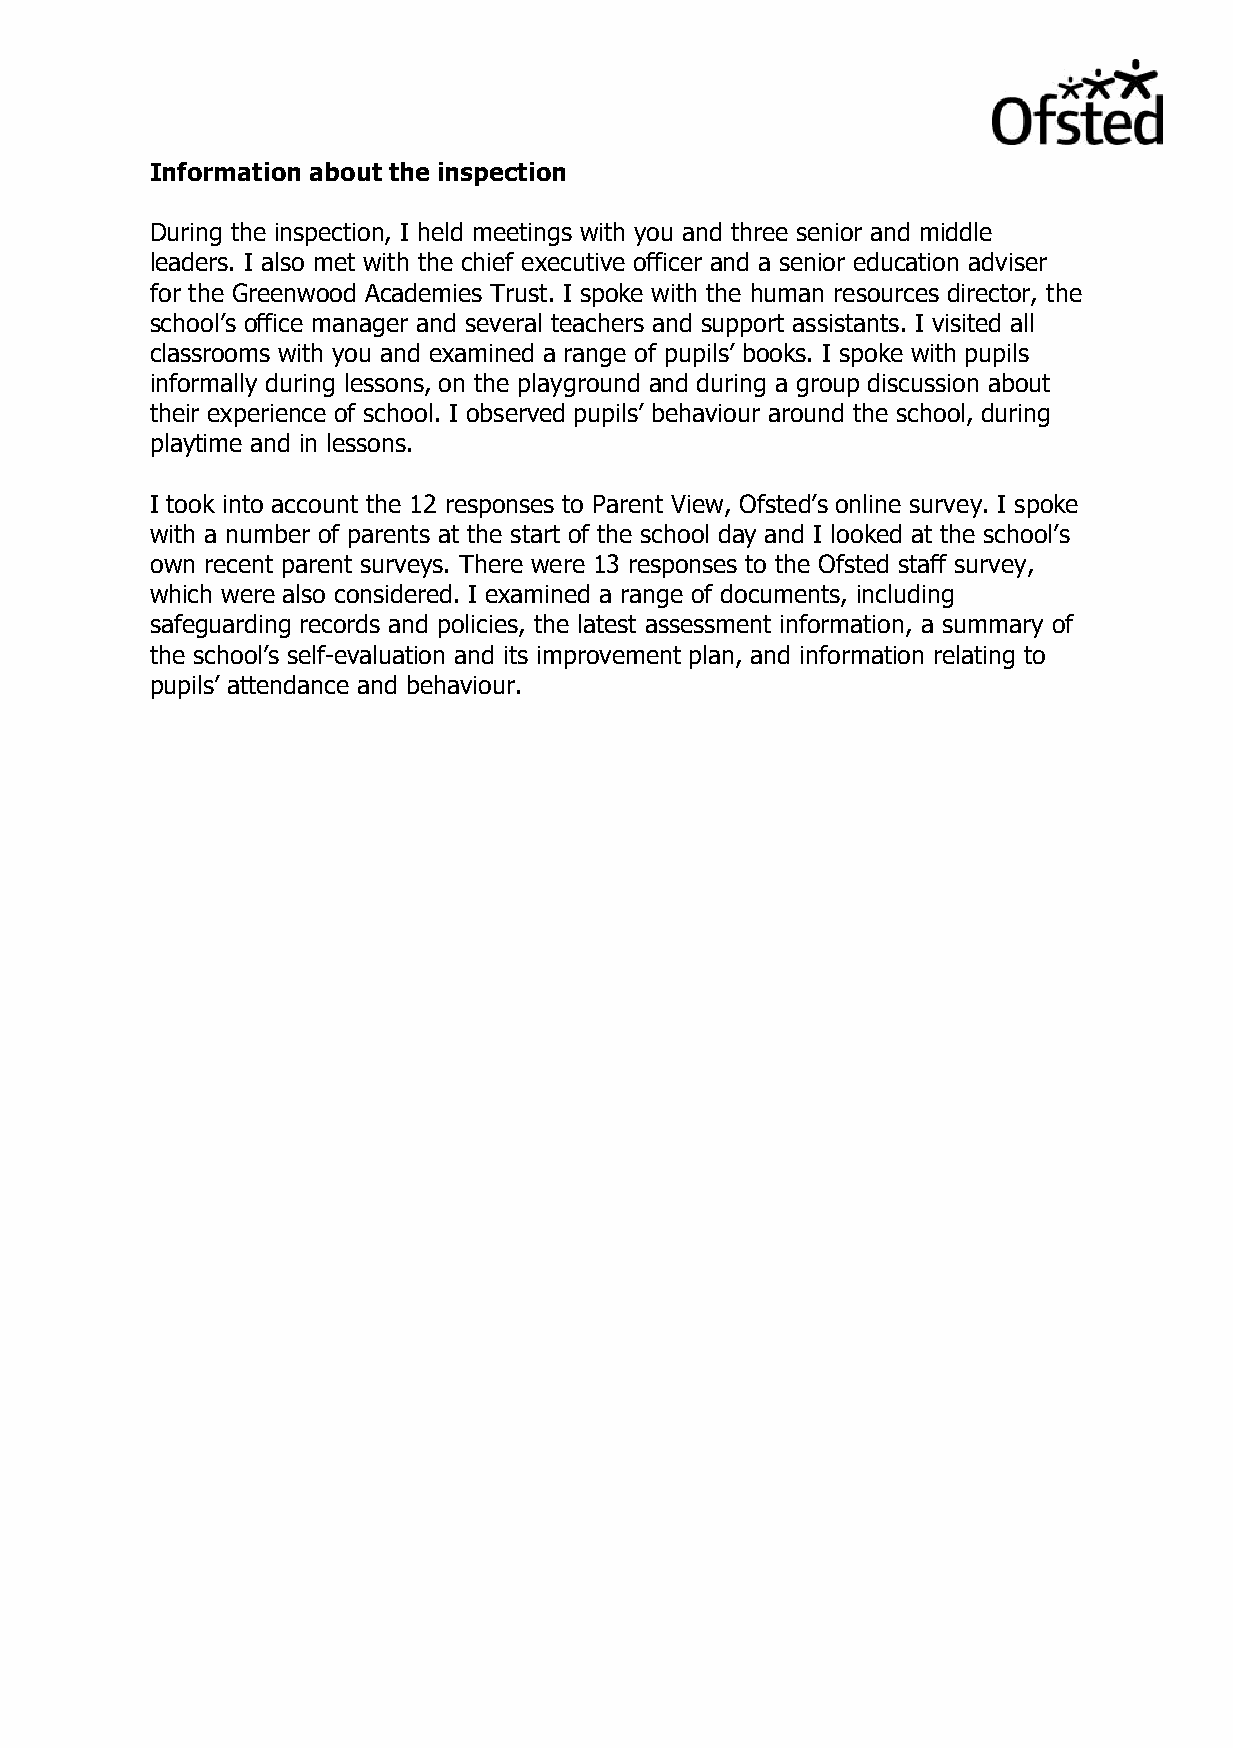
Information about the inspection
 During the inspection, I held meetings with you and three senior and middle
 leaders. I also met with the chief executive officer and a senior education adviser
 for the Greenwood Academies Trust. I spoke with the human resources director, the
 school’s office manager and several teachers and support assistants. I visited all
 classrooms with you and examined a range of pupils’ books. I spoke with pupils
 informally during lessons, on the playground and during a group discussion about
 their experience of school. I observed pupils’ behaviour around the school, during
 playtime and in lessons.
 I took into account the 12 responses to Parent View, Ofsted’s online survey. I spoke
 with a number of parents at the start of the school day and I looked at the school’s
 own recent parent surveys. There were 13 responses to the Ofsted staff survey,
 which were also considered. I examined a range of documents, including
 safeguarding records and policies, the latest assessment information, a summary of
 the school’s self-evaluation and its improvement plan, and information relating to
 pupils’ attendance and behaviour.